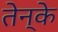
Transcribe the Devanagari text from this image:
तेन्के